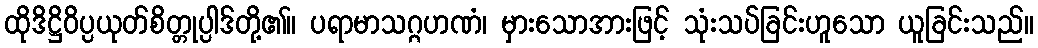
ထိုဒိဋ္ဌိဝိပ္ပယုတ်စိတ္တုပ္ပါဒ်တို့၏။ ပရာမာသဂ္ဂဟဏံ၊ မှားသောအားဖြင့် သုံးသပ်ခြင်းဟူသော ယူခြင်းသည်။